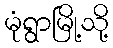
မုံရွာမြို့သို့